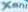
XANI